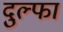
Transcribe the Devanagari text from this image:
दुल्‍फा